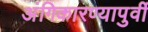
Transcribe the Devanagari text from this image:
अंगिकारण्यापुर्वी